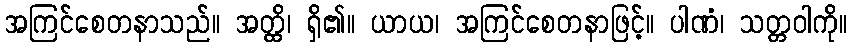
အကြင်စေတနာသည်။ အတ္ထိ၊ ရှိ၏။ ယာယ၊ အကြင်စေတနာဖြင့်။ ပါဏံ၊ သတ္တဝါကို။